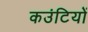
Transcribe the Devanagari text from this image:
कउंटियों